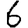
Digit: 6